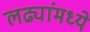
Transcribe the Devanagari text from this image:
लढ्यांमध्ये